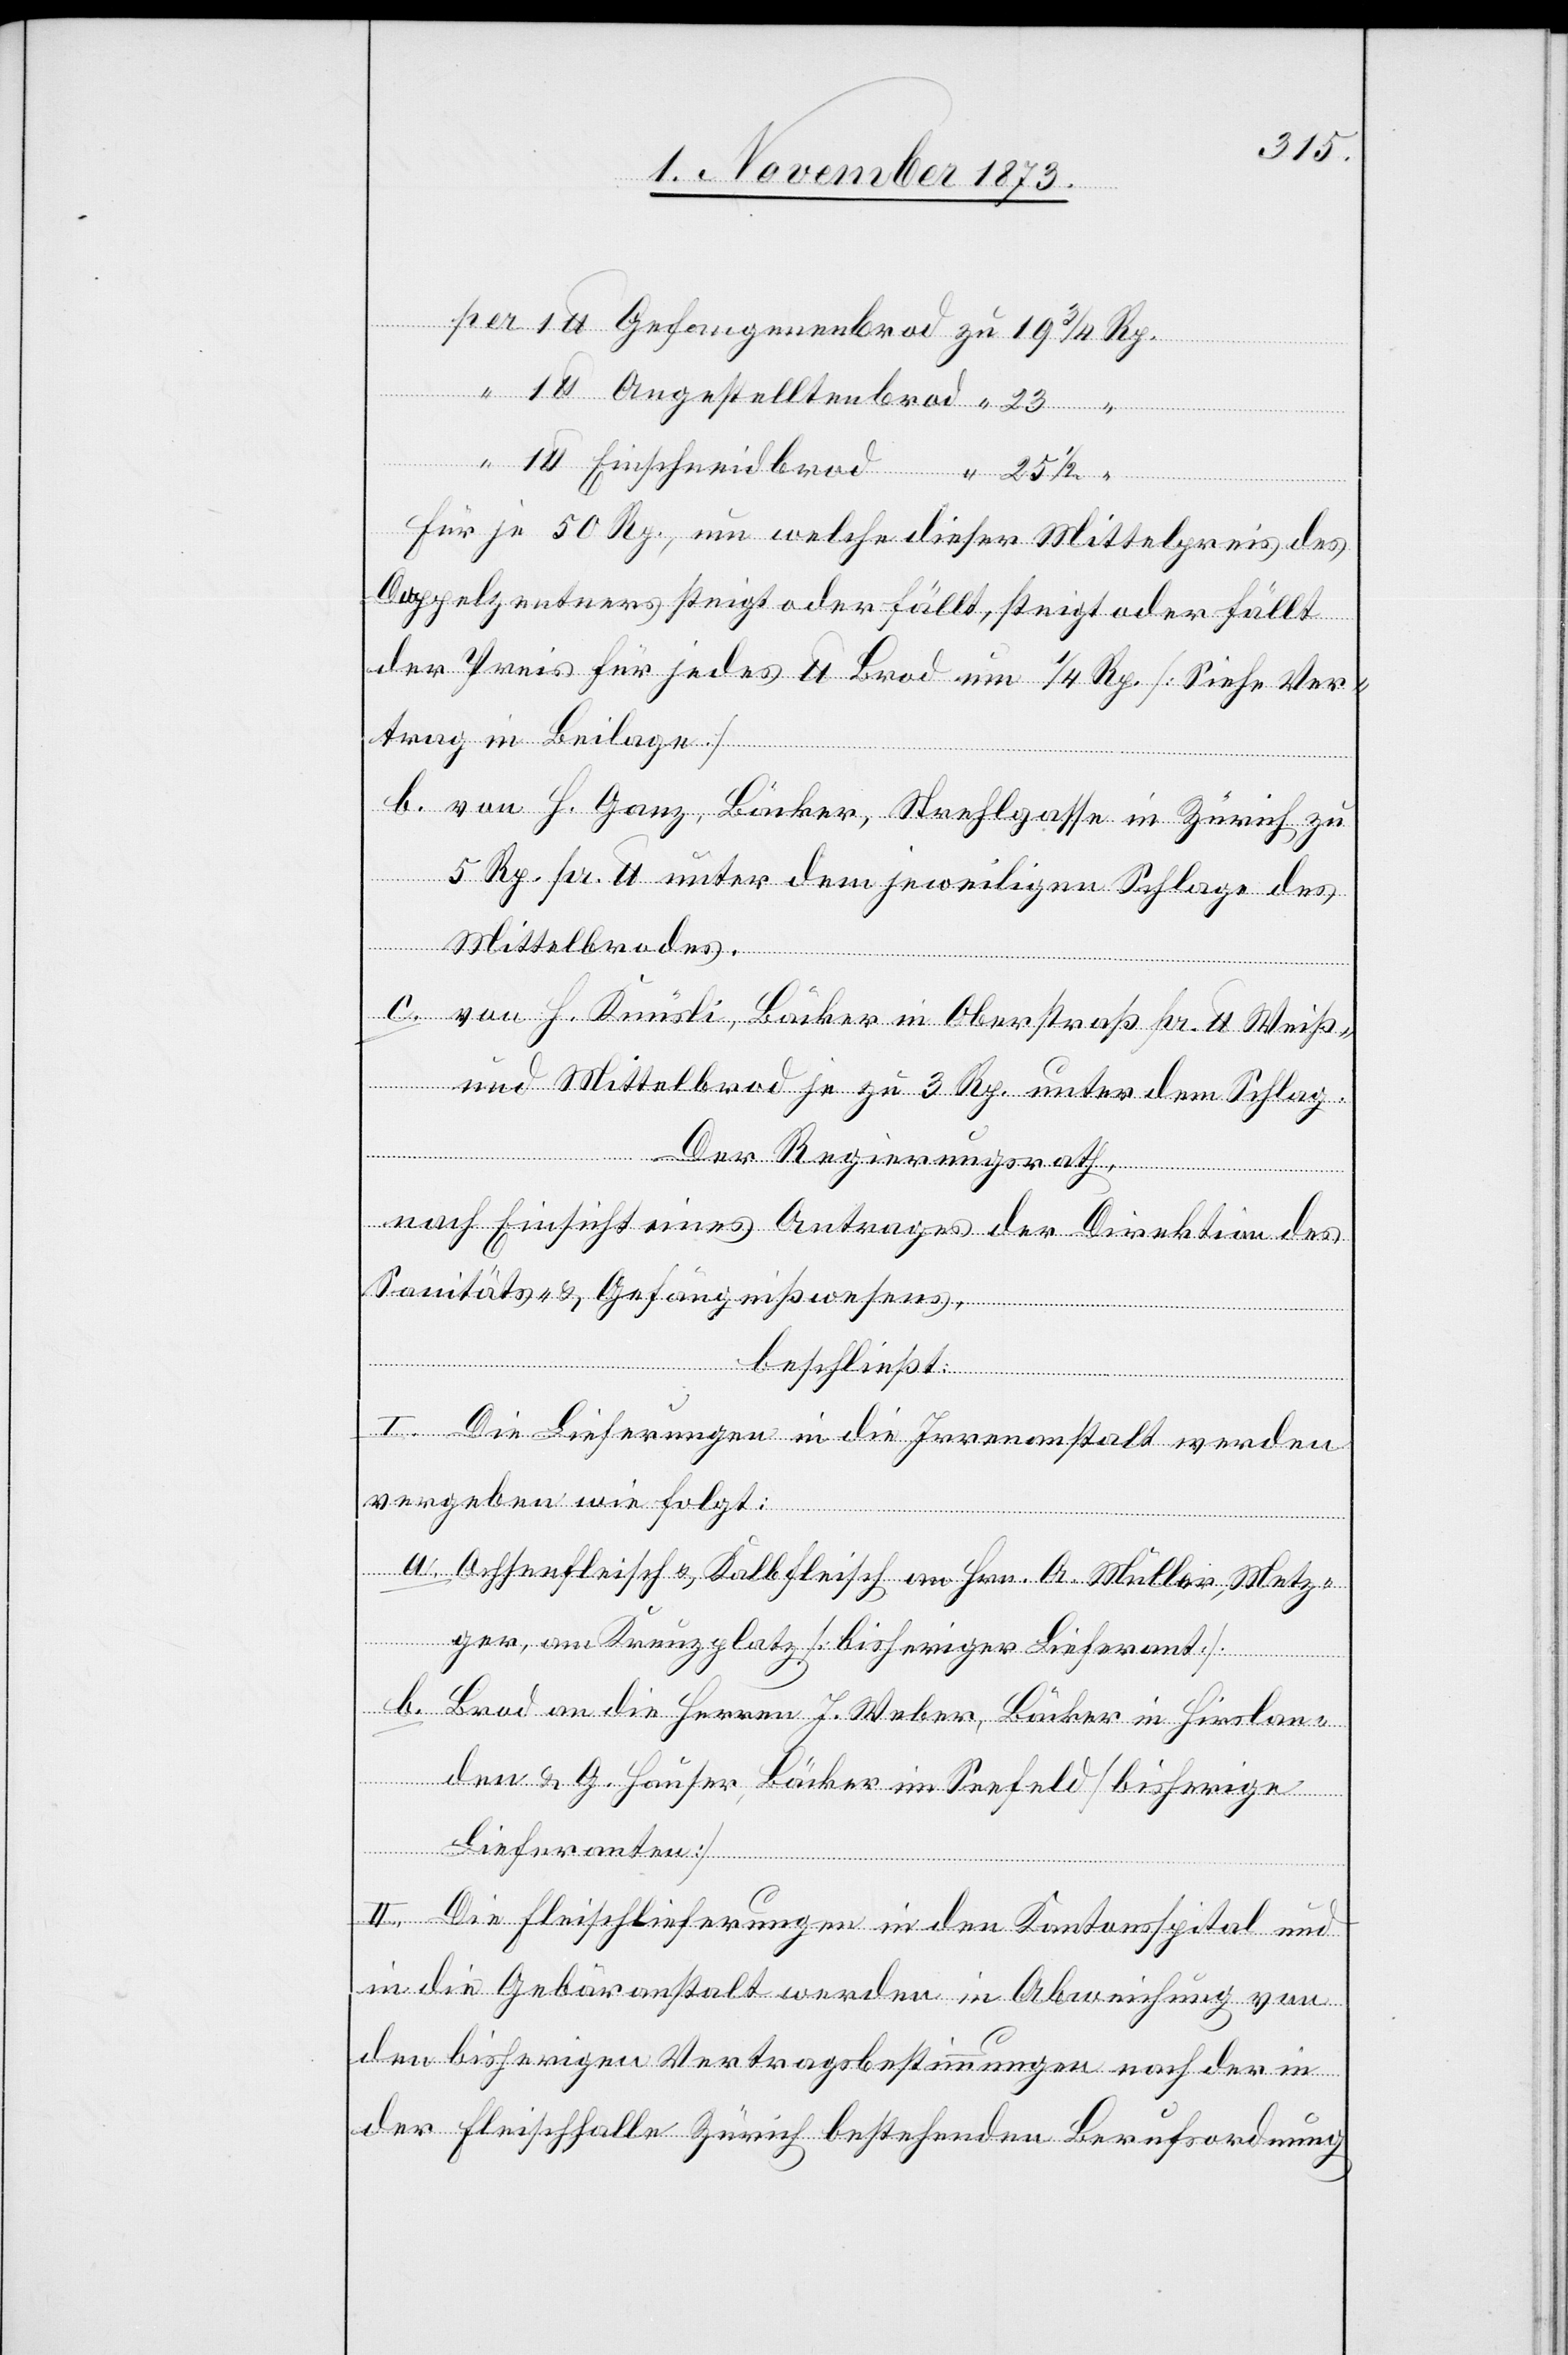
3/4
Einschneidbrod
Für je 50 Rp., um welche dieser Mittelpreis des
Doppelzentners steigt oder fällt, steigt oder fällt
der Preis für jedes lb Brod um 1/4 Rp. [Siehe Ver¬
trag in Beilage]
b. von H. Ganz, Bäcker, Strehlgasse in Zürich zu
5 Rp. pr. lb unter dem jeweiligen Schlage des
Mittelbrodes.
c. von H. Knüsli, Bäcker in Oberstraß pr. lb Weiß-
und Mittelbrod je zu 3 Rp. unter dem Schlag.
Der Regierungsrath
nach Einsicht eines Antrages der Direktion des
Sanitäts- & Gefängnißwesens,
beschließt:
I. Die Lieferungen in die Irrenanstalt werden
vergeben wie folgt:
a. Ochsenfleisch & Kalbfleisch an Hrn. A. Müller, Metz¬
ger, am Kreuzplatz [bisheriger Lieferant].
b. Brod an die Herren J. Weber, Bäcker in Hirslan¬
den & G. Hauser, Bäcker im Seefeld [bisherige
Lieferanten]
II. Die Fleischlieferungen in den Kantonsspital und
in die Gebäranstalt werden in Abweichung von
den bisherigen Vertragsbestimmungen nach der in
der Fleischhalle Zürich bestehenden Berufsordnung